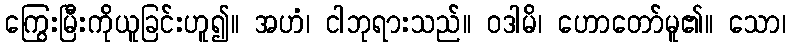
ကြွေးမြီးကိုယူခြင်းဟူ၍။ အဟံ၊ ငါဘုရားသည်။ ဝဒါမိ၊ ဟောတော်မူ၏။ သော၊